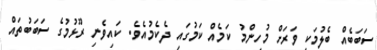
ސަބަބެއް ބެލުމަކީ ވަރަށް މުހިންމު ކަމެއް ކަމުގައި ދެކެމުއެވެ. ކައިވެނި ރޫޅުމުގެ ސަބަބުތައް